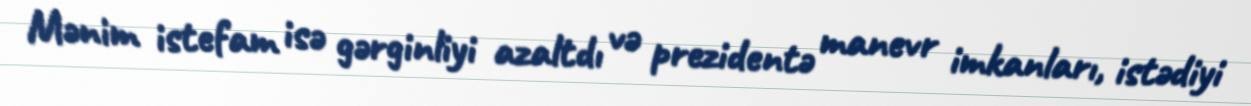
Mənim istefam isə gərginliyi azaltdı və prezidentə manevr imkanları, istədiyi